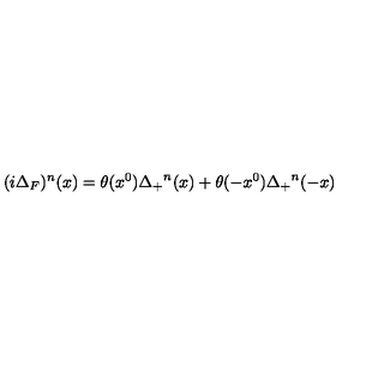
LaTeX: ( i \Delta _ { F } ) ^ { n } ( x ) = \theta ( x ^ { 0 } ) { \Delta _ { + } } ^ { n } ( x ) + \theta ( - x ^ { 0 } ) { \Delta _ { + } } ^ { n } ( - x )